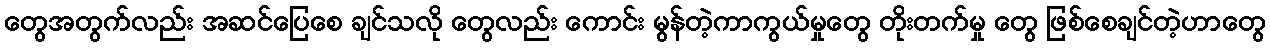
တွေအတွက်လည်း အဆင်ပြေစေ ချင်သလို တွေလည်း ကောင်း မွန်တဲ့ကာကွယ်မှုတွေ တိုးတက်မှု တွေ ဖြစ်စေချင်တဲ့ဟာတွေ